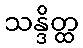
သန္ဒိတ္ထ